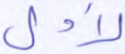
لأول